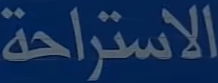
الاستراحة